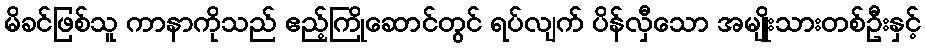
မိခင်ဖြစ်သူ ကာနာကိုသည် ဧည့်ကြိုဆောင်တွင် ရပ်လျက် ပိန်လှီသော အမျိုးသားတစ်ဦးနှင့်